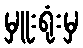
မှူးရုံးမှ